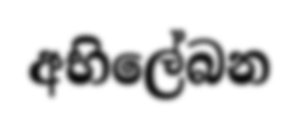
අභිලේබන